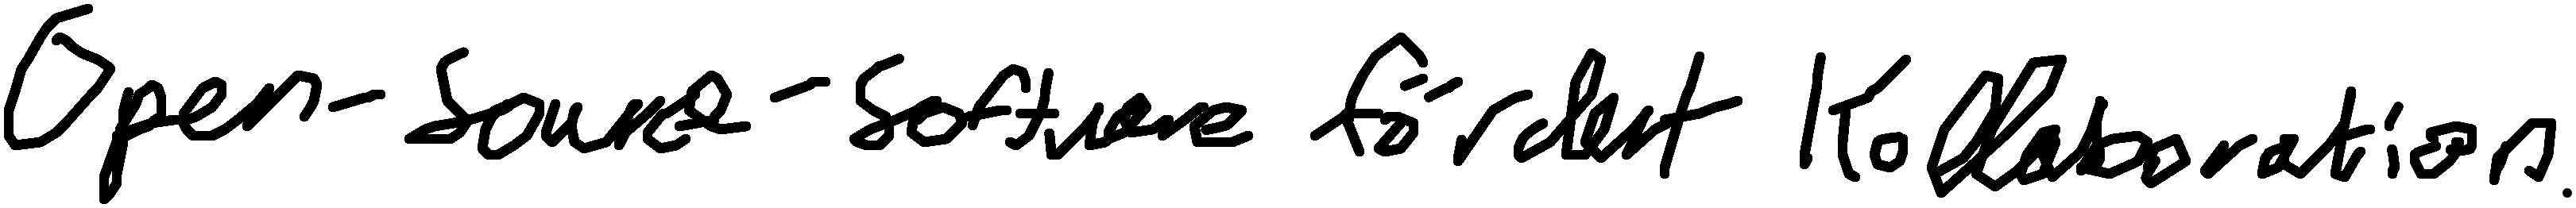
Open-Source-Software fördert Kollaboration.